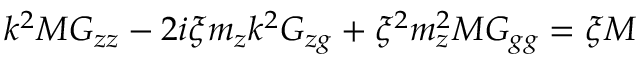
k ^ { 2 } M G _ { z z } - 2 i \xi m _ { z } k ^ { 2 } G _ { z g } + \xi ^ { 2 } m _ { z } ^ { 2 } M G _ { g g } = \xi M